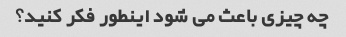
چه چیزی باعث می شود اینطور فکر کنید؟